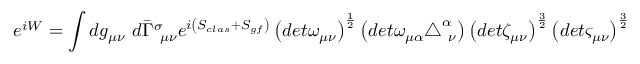
e ^ { i W } = \int d g _ { \mu \nu } ~ d \bar { \Gamma } _ { ~ \mu \nu } ^ { \sigma } e ^ { i \left( S _ { c l a s } + S _ { g f } \right) } \left( d e t \omega _ { \mu \nu } \right) ^ { \frac { 1 } { 2 } } \left( d e t \omega _ { \mu \alpha } \triangle _ { ~ \nu } ^ { \alpha } \right) \left( d e t \zeta _ { \mu \nu } \right) ^ { \frac { 3 } { 2 } } \left( d e t \varsigma _ { \mu \nu } \right) ^ { \frac { 3 } { 2 } }